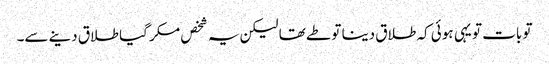
تو بات تو یہی ہوئی کہ طلاق دینا تو طے تھا لیکن یہ شخص مکر گیا طلاق دینے سے۔